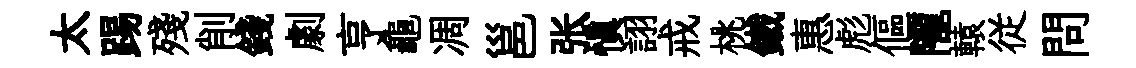
太踢殘削錢劇亨龜凋邕张慎詡戒桃鐵惠彪傴隴轅従問